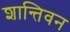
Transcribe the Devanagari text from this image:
शान्तिवन